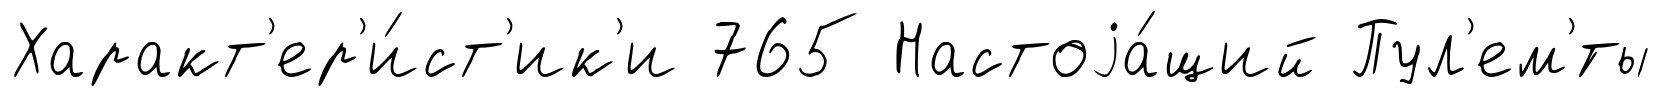
Характ'ер'и́ст'ик'и 765 Настоjа́щий Пул'ем'́ты